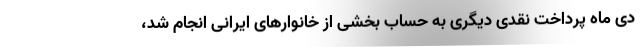
دی ماه پرداخت نقدی دیگری به حساب بخشی از خانوارهای ایرانی انجام شد،